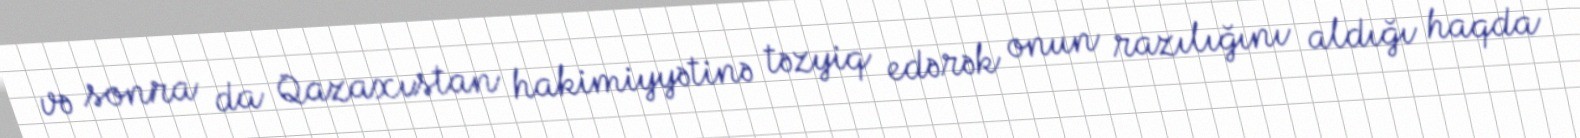
və sonra da Qazaxıstan hakimiyyətinə təzyiq edərək onun razılığını aldığı haqda